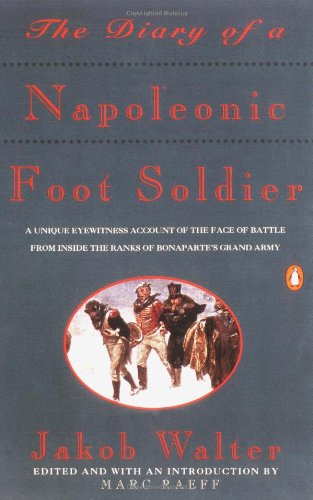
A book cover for The Diary of a Napoleonic Foot Soldier; Jakob Walter; History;